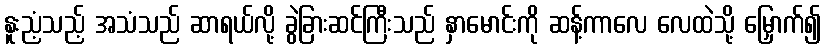
နူးညံ့သည့် အသံသည် ဆာရယ်လို့ ခွဲခြားဆင်ကြီးသည် နှာမောင်းကို ဆန့်ကာလေ လေထဲသို့ မြှောက်၍